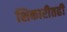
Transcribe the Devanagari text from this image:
शिकारीतही